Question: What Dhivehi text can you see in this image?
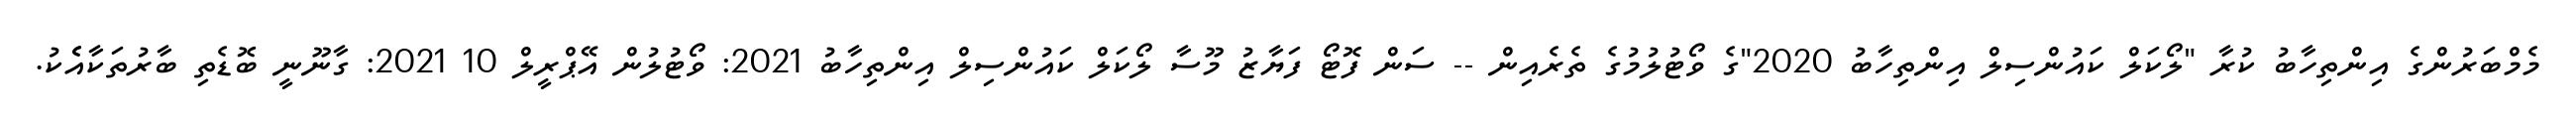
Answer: މެމްބަރުންގެ އިންތިހާބު ކުރާ "ލޯކަލް ކައުންސިލް އިންތިހާބު 2020"ގެ ވޯޓުލުމުގެ ތެރެއިން -- ސަން ފޮޓޯ ފަޔާޒު މޫސާ ލޯކަލް ކައުންސިލް އިންތިހާބު 2021: ވޯޓުލުން އޭޕްރީލް 10 2021: ގާނޫނީ ބޮޑެތި ބާރުތަކާއެެކު.